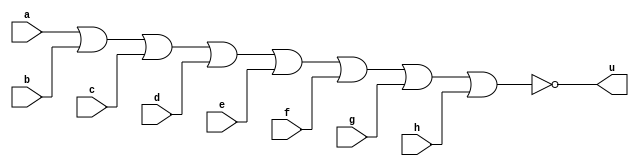
// ----------------
// Extra01 - Mdulo que retorna 1 quando todos as entradas forem iguais a 0. 
// Nome: Josemar Alves Caetano
// Matrcula: 448662
// Data: 03/08/2012
// ----------------

// ----------------
// -- nor gate
// ----------------
module norgate(output u, input a, input b, input c, input d, input e, input f, input g, input h);
 assign u = ~(a | b | c | d | e | f | g | h);
endmodule

// ----------------
// -- test norgate
// ----------------
module testnorgate;

// ---------------- Dados locais
 reg a, b, c, d, e, f, g, h; //Definir registradores
 wire s; //Definir conexes (fios)

// ----------------- Intncia
 norgate NOR1(u, a, b, c, d, e, f, g, h);

// ----------------- Preparao
 initial begin: start
   a = 0; b = 0; c = 0; d = 0; e = 0; f = 0; g = 0; h = 0;
 end

// ----------------- Parte principal
 initial begin: main
   $display("Extra01 - Josemar Alves Caetano - 448662");
	$display("Circuito que retorna 1 quando todas as entradas so iguais a 0.");
	$display("\t~(a | b | c | d | e | f | g | h ) = s\n");
	
	$monitor("\t~(%b | %b | %b | %b | %b | %b | %b | %b ) = %b", a, b, c, d, e, f, g, h, u);

 end //main

endmodule //testnorgate